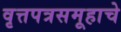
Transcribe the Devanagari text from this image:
वृत्तपत्रसमूहाचे